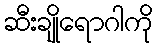
ဆီးချိုရောဂါကို